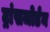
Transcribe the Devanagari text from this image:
ट्रांसजोर्डन